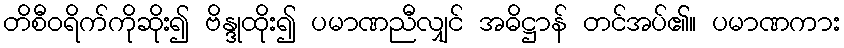
တိစီဝရိက်ကိုဆိုး၍ ဗိန္ဒုထိုး၍ ပမာဏညီလျှင် အဓိဋ္ဌာန် တင်အပ်၏။ ပမာဏကား